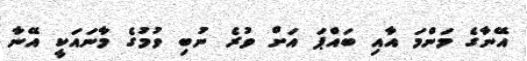
އޭނާގެ މަންމަ އާއި ބައްޕަ އަށް ވުރެ ނުބި ވުމުގެ މާނައަކީ އޭނާ